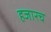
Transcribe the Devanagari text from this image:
हजारच